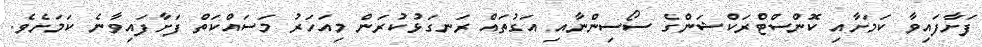
ފަށާފައިވާ ކަމަށާއި ކޮންސްޓްރަކްޝަންގެ ސޯސިންނާއި އަގުތައް ރަނގަޅުކުރަން މިއަހަރު މަސައްކަތް ފަށާފައިވާނެ ކަމަށެވެ.